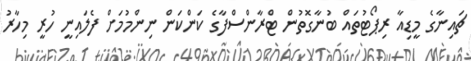
ޗައިނާގެ މީޑިއާ ރިޕޯޓުތައް ބުނާގޮތުން ޓްރާންސްފާގެ ކަންކަން ނިންމުމަށް ފެލައިނީ ހުރީ މިހާރު